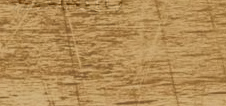
مطعم البيت اللبناني: أكلا